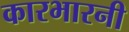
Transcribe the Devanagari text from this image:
कारभारनी